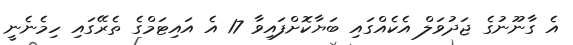
އެ ގާނޫނުގެ ޖަދުވަލް އެކެއްގައި ބަޔާކޮށްފައިވާ 17 އެ އައިޓަމްގެ ތެރޭގައި ހިމެނެނީ